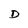
Character: D